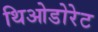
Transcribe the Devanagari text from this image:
थिओडोरेट